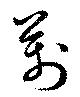
万